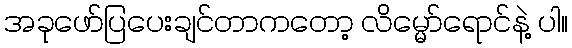
အခုဖော်ပြပေးချင်တာကတော့ လိမ္မော်ရောင်နဲ့ ပါ။